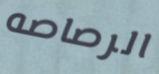
الرصاصه